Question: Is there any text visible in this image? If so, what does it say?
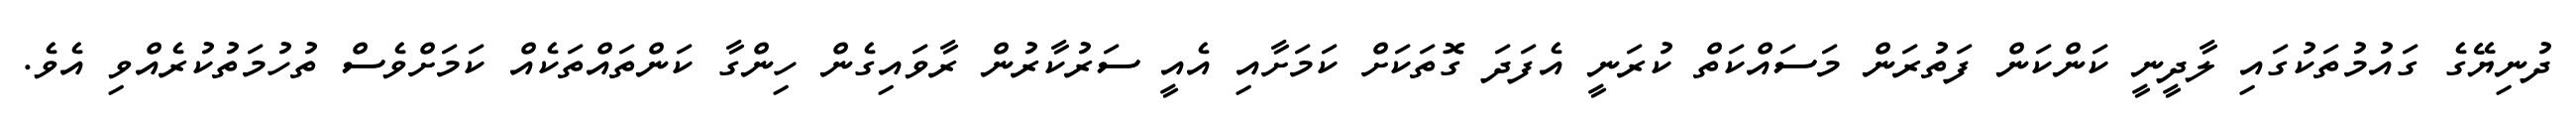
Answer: ދުނިޔޭގެ ގައުމުތަކުގައި ލާދީނީ ކަންކަން ފަތުރަން މަސައްކަތް ކުރަނީ އެފަދަ ގޮތަކަށް ކަމަށާއި އެއީ ސަރުކާރުން ރާވައިގެން ހިންގާ ކަންތައްތަކެއް ކަމަށްވެސް ތުހުމަތުކުރެއްވި އެވެ.